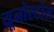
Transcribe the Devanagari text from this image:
यूनोस्टोस